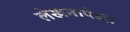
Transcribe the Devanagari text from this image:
लेखनापेक्षा